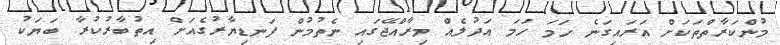
މުންކަރާތްތަކަށް އަރައިގަނެ ހަމަ ހަމަ އަދުލެއް މިރާއްޖޭގައި ނެތުމުން ފަނޑިޔާރުގެއަށް އިތުބާރުކުރާ ބަޔަކު